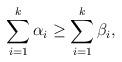
LaTeX: \begin{align*} \sum_{i=1}^{k} \alpha_i \geq \sum_{i=1}^{k} \beta_i,\end{align*}